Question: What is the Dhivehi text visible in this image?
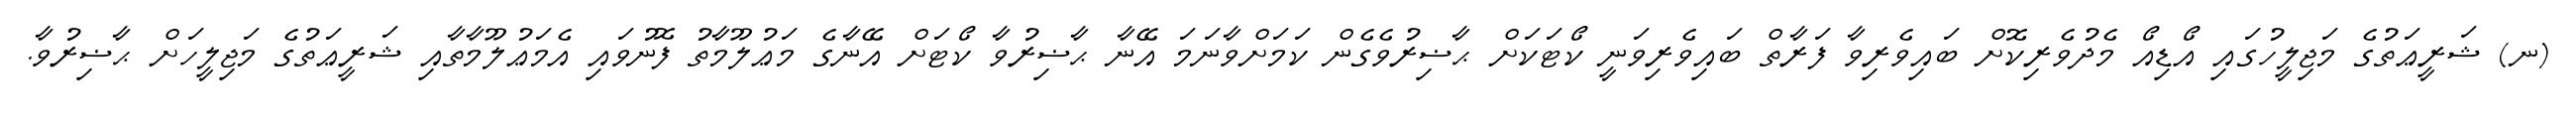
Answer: (ނ) ޝަރީޢަތުގެ މަޖިލީހުގައި އޯޑިއޯ މެދުވެރިކޮށް ބައިވެރިވާ ފަރާތް ބައިވެރިވަނީ ކޯޓަކަށް ޙާޟިރުވެގެން ކަމަށްވާނަމަ އޭނާ ޙާޟިރުވާ ކޯޓަށް އޭނާގެ މަޢުލޫމާތު ފޮނުވައި އެމަޢުލޫމާތާއި ޝަރީޢަތުގެ މަޖިލީހަށް ޙާޟިރުވާ.